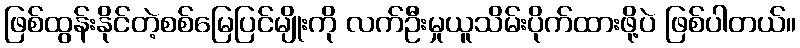
ဖြစ်ထွန်းနိုင်တဲ့စစ်မြေပြင်မျိုးကို လက်ဦးမှုယူသိမ်းပိုက်ထားဖို့ပဲ ဖြစ်ပါတယ်။